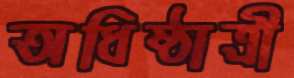
অধিষ্ঠাত্রী